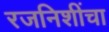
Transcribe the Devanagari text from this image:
रजनिशींचा